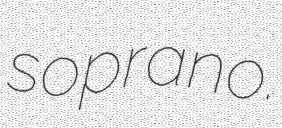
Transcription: soprano.